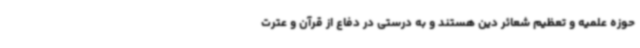
حوزه علمیه و تعظیم شعائر دین هستند و به درستی در دفاع از قرآن و عترت